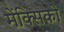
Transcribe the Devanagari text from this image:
मेंक्सिको